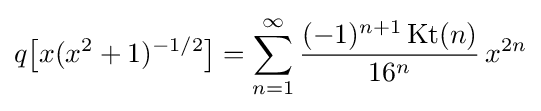
q{\bigl [}x(x^{2}+1)^{-1/2}{\bigr ]}=\sum _{n=1}^{\infty }{\frac {(-1)^{n+1}\operatorname {Kt} (n)}{16^{n}}}\,x^{2n}